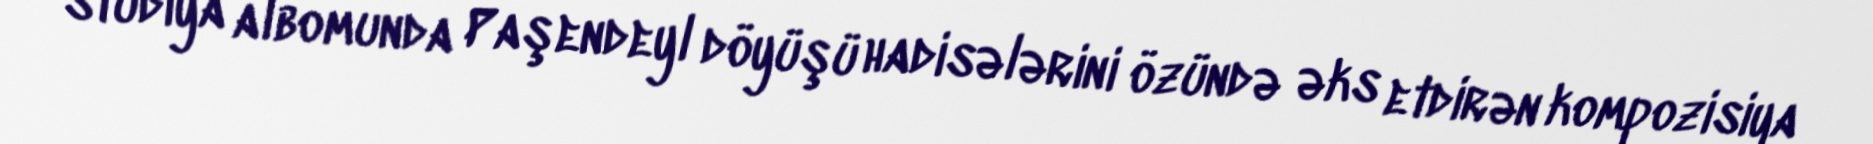
studiya albomunda Paşendeyl döyüşü hadisələrini özündə əks etdirən kompozisiya